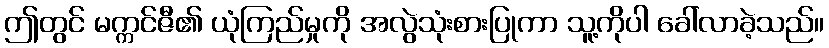
ဤတွင် မက္ကင်ဇီ၏ ယုံကြည်မှုကို အလွဲသုံးစားပြုကာ သူ့ကိုပါ ခေါ်လာခဲ့သည်။